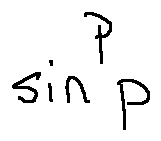
\sin ^ { p } P